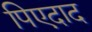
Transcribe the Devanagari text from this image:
पिएदाद